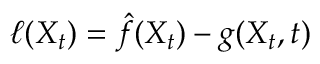
{ \ell ( X _ { t } ) = \hat { f } ( X _ { t } ) - g ( X _ { t } , t ) }